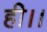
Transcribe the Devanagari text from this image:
ही।।